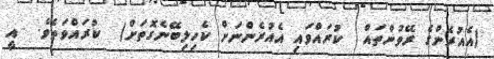
(އެއުރެންގެ ރޭވުންތައް  ކުރައްވައި އެއުރެންނަށް ކެހިލިބޭނެގޮތަށް)  ކުރައްވަތެވެ.  އީ